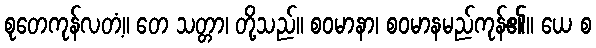
စုတေကုန်လတံ့။ တေ သတ္တာ၊ တို့သည်။ စဝမာနာ၊ စဝမာနမည်ကုန်၏။ ယေ စ